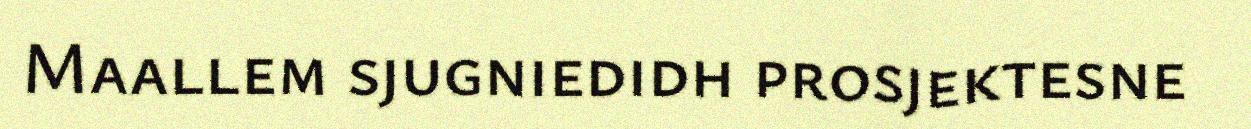
Maallem sjugniedidh prosjektesne